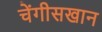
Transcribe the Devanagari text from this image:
चेंगीसखान